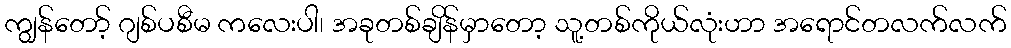
ကျွန်တော့် ဂျစ်ပစီမ ကလေးပါ၊ အခုတစ်ချိန်မှာတော့ သူ့တစ်ကိုယ်လုံးဟာ အရောင်တလက်လက်